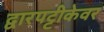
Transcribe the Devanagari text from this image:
द्वारपट्टीकेवर